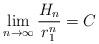
LaTeX: \begin{align*}\lim_{n \to \infty} \frac{H_n}{r_1^n} = C\end{align*}